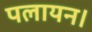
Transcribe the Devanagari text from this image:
पलायन।